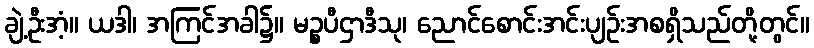
ချဲ့ဦးအံ့။ ယဒါ၊ အကြင်အခါ၌။ မဉ္စပီဌာဒီသု၊ ညောင်စောင်းအင်းပျဉ်းအစရှိသည်တို့တွင်။